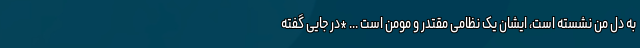
به دل من نشسته است، ایشان یک نظامی مقتدر و مومن است ... *در جایی گفته